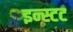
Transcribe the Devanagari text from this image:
इन्स्टट